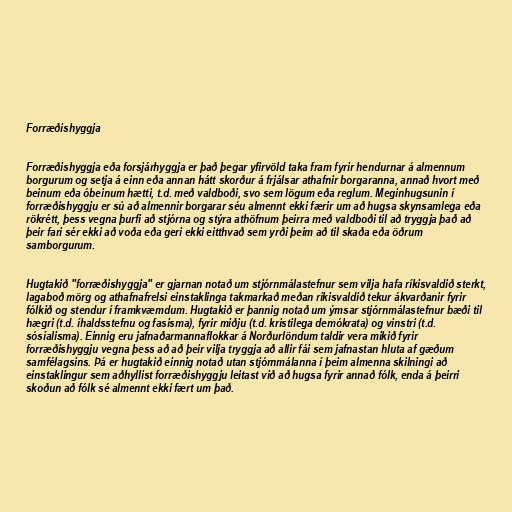
Forræðishyggja

Forræðishyggja eða forsjárhyggja er það þegar yfirvöld taka fram fyrir hendurnar á almennum
borgurum og setja á einn eða annan hátt skorður á frjálsar athafnir borgaranna, annað hvort með
beinum eða óbeinum hætti, t.d. með valdboði, svo sem lögum eða reglum. Meginhugsunin í
forræðishyggju er sú að almennir borgarar séu almennt ekki færir um að hugsa skynsamlega eða
rökrétt, þess vegna þurfi að stjórna og stýra athöfnum þeirra með valdboði til að tryggja það að
þeir fari sér ekki að voða eða geri ekki eitthvað sem yrði þeim að til skaða eða öðrum
samborgurum.

Hugtakið "forræðishyggja" er gjarnan notað um stjórnmálastefnur sem vilja hafa ríkisvaldið sterkt,
lagaboð mörg og athafnafrelsi einstaklinga takmarkað meðan ríkisvaldið tekur ákvarðanir fyrir
fólkið og stendur í framkvæmdum. Hugtakið er þannig notað um ýmsar stjórnmálastefnur bæði til
hægri (t.d. íhaldsstefnu og fasisma), fyrir miðju (t.d. kristilega demókrata) og vinstri (t.d.
sósíalisma). Einnig eru jafnaðarmannaflokkar á Norðurlöndum taldir vera mikið fyrir
forræðishyggju vegna þess að að þeir vilja tryggja að allir fái sem jafnastan hluta af gæðum
samfélagsins. Þá er hugtakið einnig notað utan stjórnmálanna í þeim almenna skilningi að
einstaklingur sem aðhyllist forræðishyggju leitast við að hugsa fyrir annað fólk, enda á þeirri
skoðun að fólk sé almennt ekki fært um það.